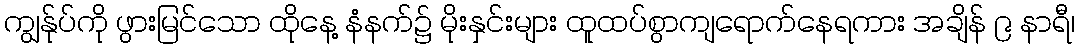
ကျွန်ုပ်ကို ဖွားမြင်သော ထိုနေ့ နံနက်၌ မိုးနှင်းများ ထူထပ်စွာကျရောက်နေရကား အချိန် ၉ နာရီ၊